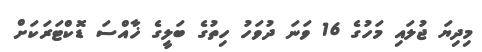
މިދިޔަ ޖުލައި މަހުގެ 16 ވަނަ ދުވަހު ހިތުގެ ބަލީގެ ޚާއްސަ ޑޮކްޓަރަކަށް